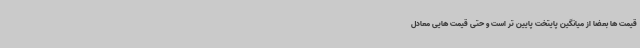
قیمت ها بعضا از میانگین پایتخت پایین تر است و حتی قیمت هایی معادل